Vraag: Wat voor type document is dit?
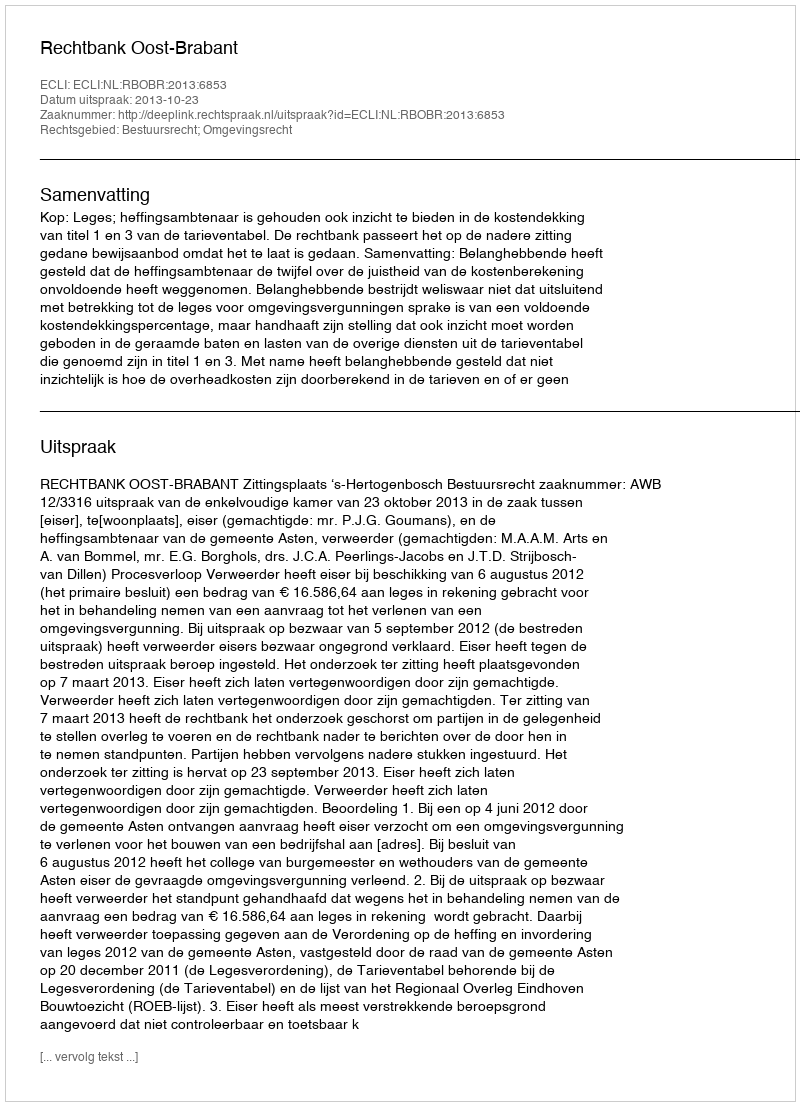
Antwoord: Uitspraak